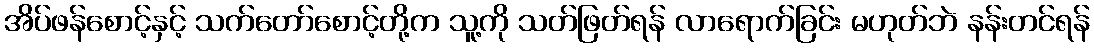
အိပ်ဖန်စောင့်နှင့် သက်တော်စောင့်တို့က သူ့ကို သတ်ဖြတ်ရန် လာရောက်ခြင်း မဟုတ်ဘဲ နန်းတင်ရန်